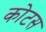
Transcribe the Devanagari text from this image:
कोटस